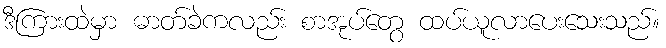
ဒီကြားထဲမှာ ဓာတ်ခဲကလည်း စာအုပ်တွေ ထပ်ယူလာပေးသေးသည်။